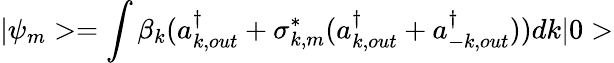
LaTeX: |\psi_{m}>=\int\beta_{k}(a_{k,out}^{\dagger}+\sigma_{k,m}^{*}(a_{k,out}^{\dagger}+a_{-k,out}^{\dagger}))dk|0>